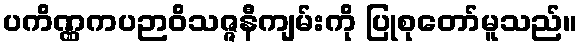
ပကိဏ္ဏကပဉာဝိသဇ္ဇနီကျမ်းကို ပြုစုတော်မူသည်။